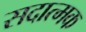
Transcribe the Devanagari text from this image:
सदात्मक